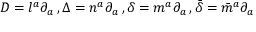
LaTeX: D = l ^ { a } \partial _ { a } \, , \Delta = n ^ { a } \partial _ { a } \, , \delta = m ^ { a } \partial _ { a } \, , { \bar { \delta } } = { \bar { m } } ^ { a } \partial _ { a }